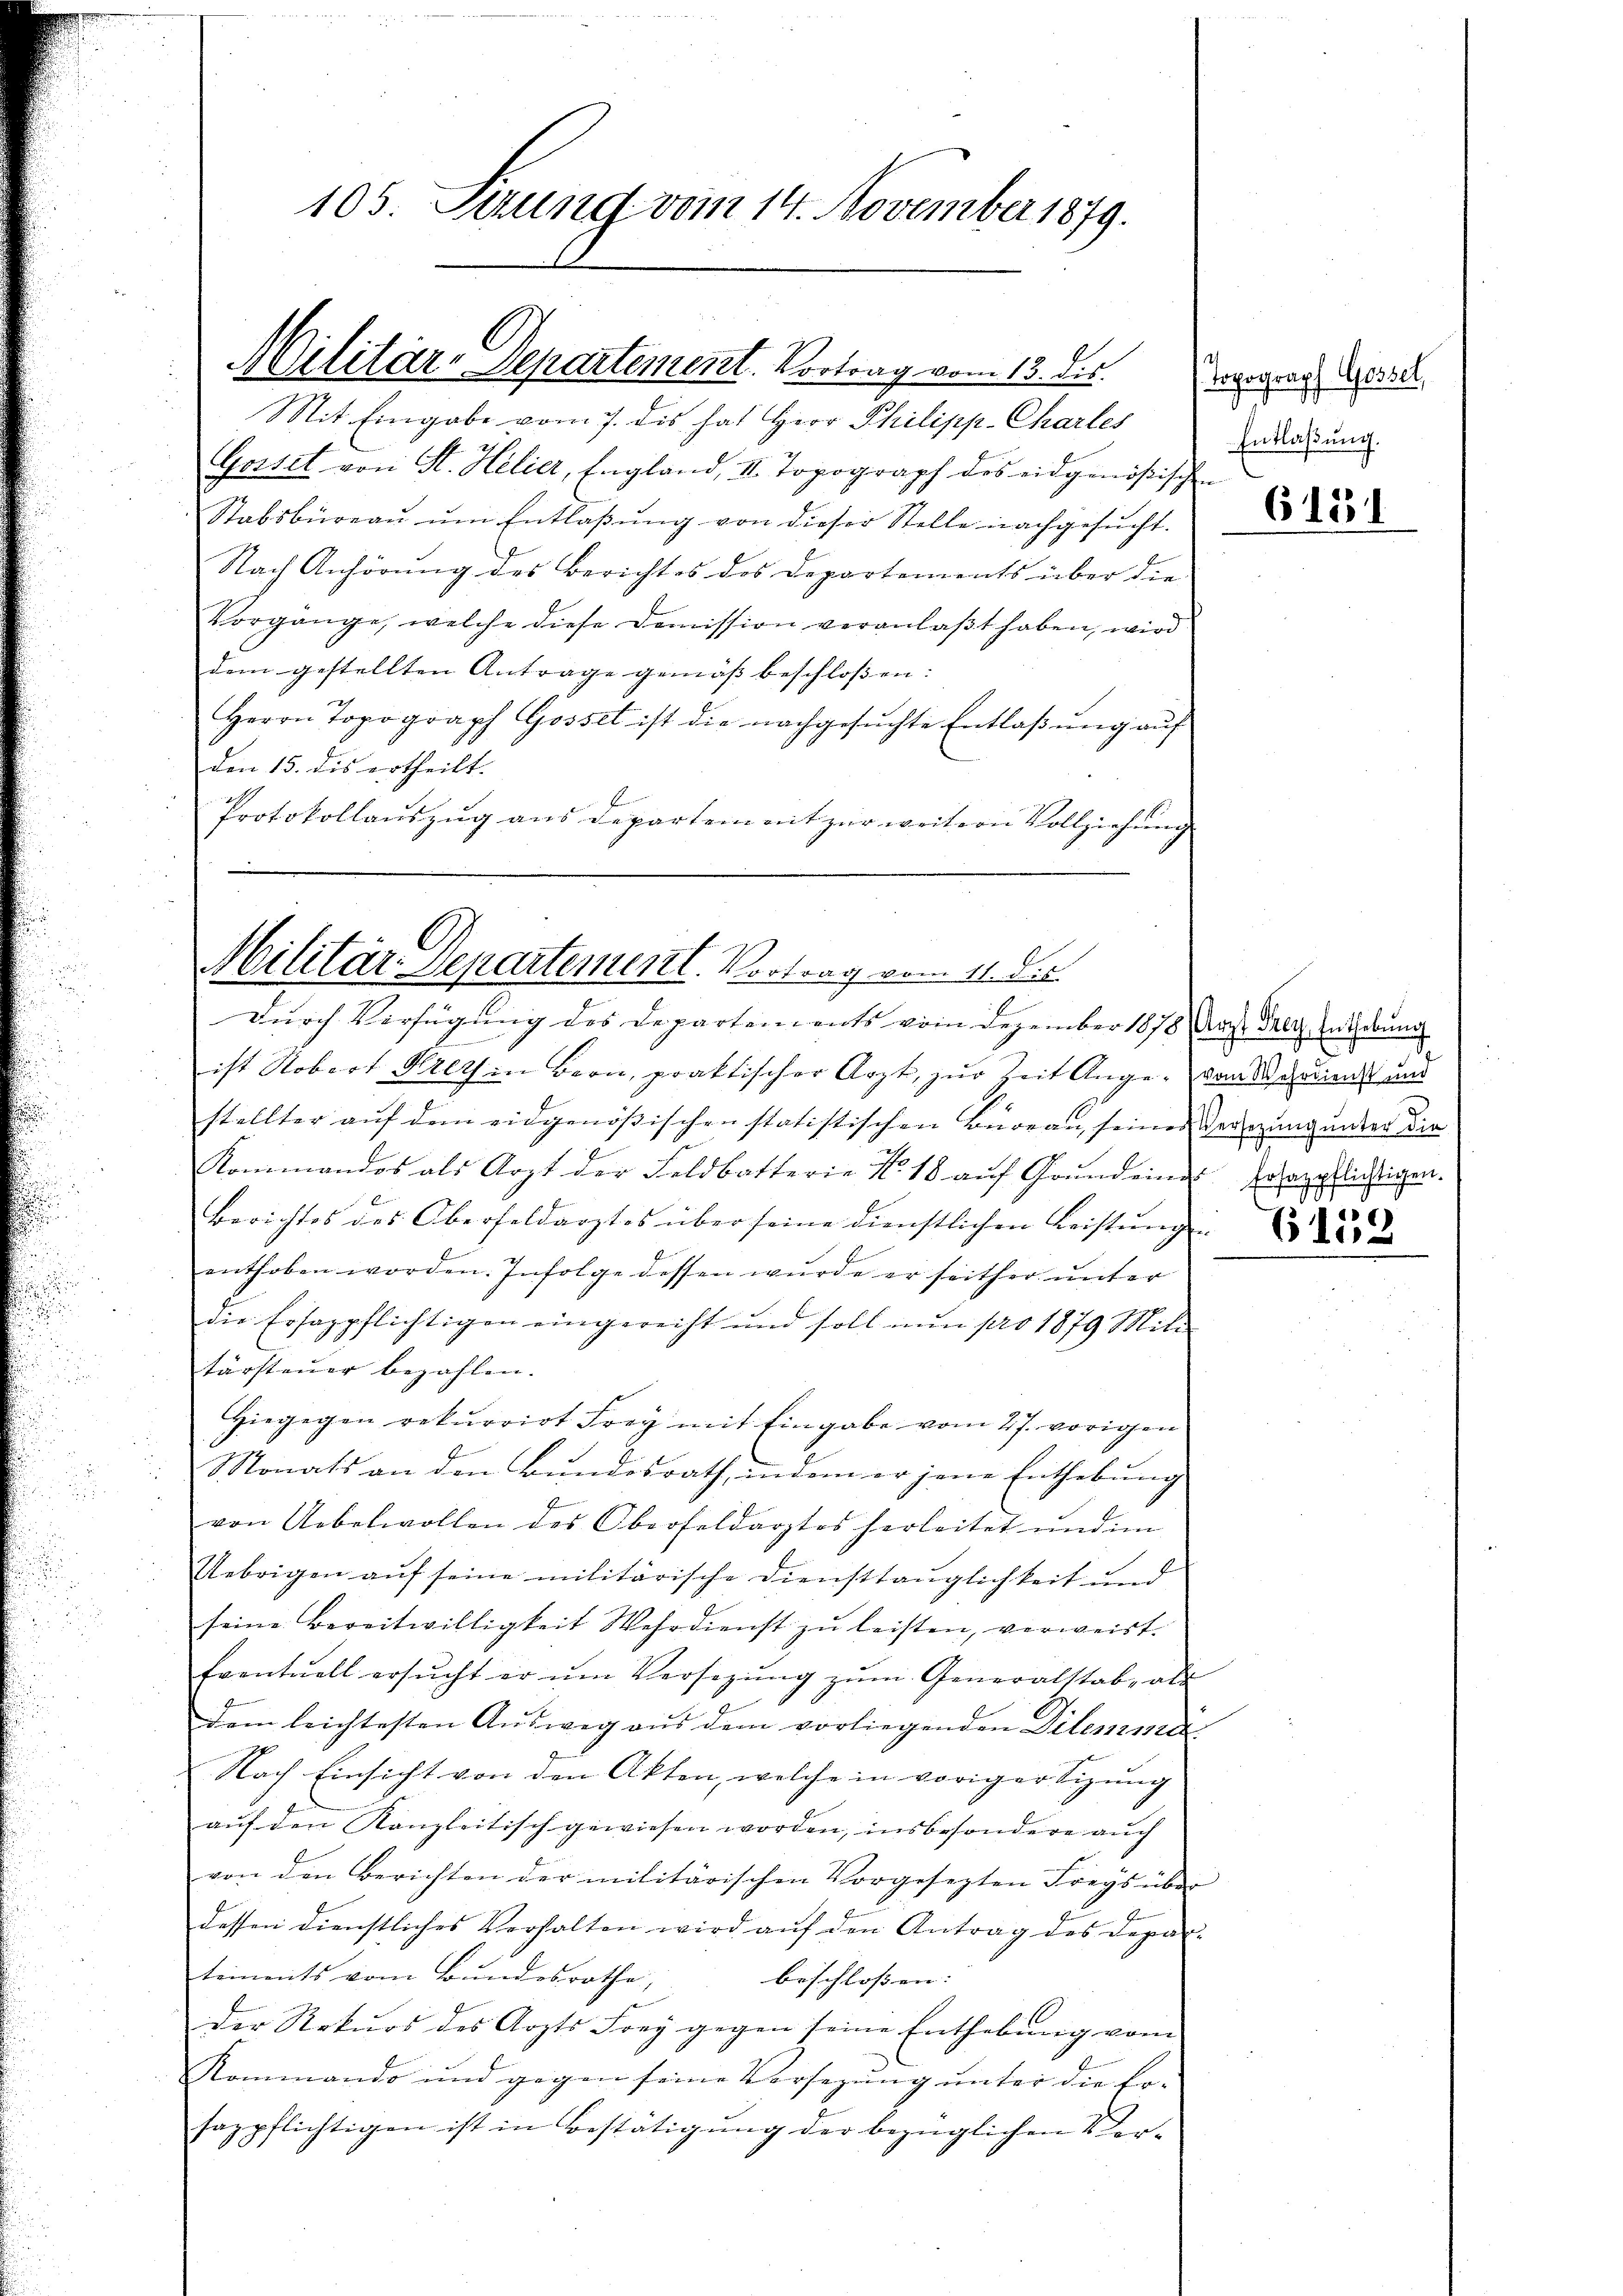
105. Sizung vom 14. November 1879.

Militär-Departement. Vortrag vom 13. ds.

Mit Eingabe vom 7. dis hat Herr Philipp-Charles
Gossel von St. Helier, England, II. Topograph des eidgenößischen
Stabsbüreau um Entlaßung von dieser Stelle nachgesucht.
Nach Anhörung des Berichtes des Departements über die
Vorgänge, welche diese Demission veranlaßt haben, wird
dem gestellten Antrage gemäss beschlossen: |
Herrn Topograph Gossel ist die nachgesŭchte Entlaβŭng aŭf
den 15. dis ertheilt. |
Protokollauszug aus Departement zur weitern Vollziehung
|

Militär-Departement. Vortrag vom 11. ds.
Durch Verfügung des Departements vom Dezember 1878, das Salz, Enderung

ist Robert Krets in Bern, praktischer Arzt, zŭr Zeit Ange- vom Sardienst und
stellter auf dem eidgenößischen statistischen Büreau, seines Vereizung unter die
Kommandos als Arzt der Feldbotterie N. 18 aŭf Grundeine hohenpflichtigen.
Berichtes des Oberfeldarztes über seine dienstlichen Leistunge
enthoben worden. Infolge dessen wurde er seither ŭnter
die Ersagpflichtigen eingereicht und soll nun pro 1879 Mitt
tärsteuer bezahlen.
Hiegegen rekurrirt Frey mit Eingabe vom 27. vorigen
Monats an den Bundesrath, indem er jene Enthebung
von Uebelwollen des Oberfeldarztes herleitet und im
Uebrigen auf seine militärische Diensttauglichkeit und
seine Bereitwilligkeit Wesodienst zŭ leisten, verweist.
Eventuell ersucht er um Versezung zum Generalstab, als
dem leichtesten Aŭsweg aŭs dem vorliegenden Dilemma
Nach Einsicht von den Akten, welche in voriger Sizung
auf den Kanzleitisch gewiesen worden, insbesondere auch
von den Berichten der militärischen Vorgesezten Freys über
dessen dienstliches Verhalten wird aŭf den Antrag des Depar-
tements vom Bundesrathe,
beschlossen:
der Rekŭrs des Arzts Frey gegen seine Enthebŭng vom
Rommando und gegen seine Vorsezung unter die Er-
sagpflichtigen ist in Bestätigung der bezüglichen Ver¬

Topograph Gossel,
Entlaßung.

6151

1
612